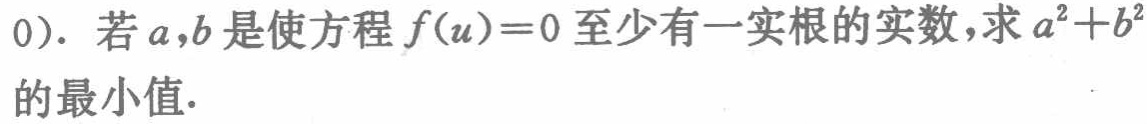
0). 若\(a,b\)是使方程\(f(u)=0\)至少有一实根的实数，求\(a^{2}+b^{2}\)的最小值.